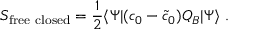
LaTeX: S _ { \mathrm { f r e e ~ c l o s e d } } = { \frac { 1 } { 2 } } \langle \Psi | ( c _ { 0 } - { \tilde { c } } _ { 0 } ) Q _ { B } | \Psi \rangle \ .